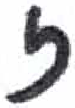
אות: ז